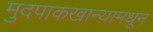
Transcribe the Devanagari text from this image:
मुदपाकखान्यामधून